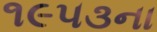
૧૯૫૩ના